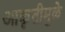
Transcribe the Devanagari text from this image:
आकृतीमुळे